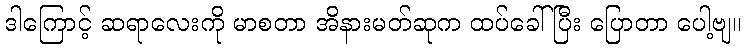
ဒါကြောင့် ဆရာလေးကို မာစတာ အိနားမတ်ဆုက ထပ်ခေါ်ပြီး ပြောတာ ပေါ့ဗျ။